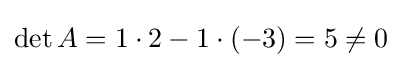
\det A=1\cdot 2-1\cdot (-3)=5\neq 0